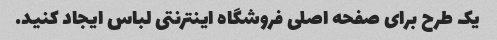
یک طرح برای صفحه اصلی فروشگاه اینترنتی لباس ایجاد کنید.